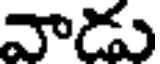
వాడు